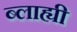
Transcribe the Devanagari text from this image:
ब्लाह्यी